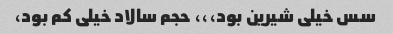
سس خیلی شیرین بود،،، حجم سالاد خیلی کم بود،